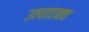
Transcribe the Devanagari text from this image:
उत्पादनच